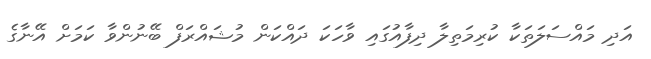
އަދި މައްސަލަތަކާ ކުރިމަތިލާ ދިފާއުގައި ވާހަކަ ދައްކަން މުޝައްރަފް ބޭނުންވާ ކަމަށް އޭނާގެ